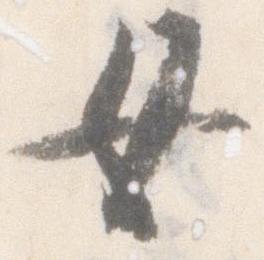
女